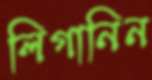
লিগানিন